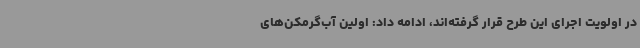
در اولویت اجرای این طرح قرار گرفته‌اند، ادامه داد: اولین آب‌گرمکن‌های